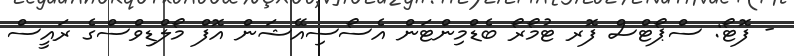
- ފޮޓޯ: ސްޕޯޓްސް ފޮރ ޓުމޯރޯ ބެޑްމިންޓަން އެސޯސިއޭޝަން އޮފް މޯލްޑިވްސްގެ ރައީސް